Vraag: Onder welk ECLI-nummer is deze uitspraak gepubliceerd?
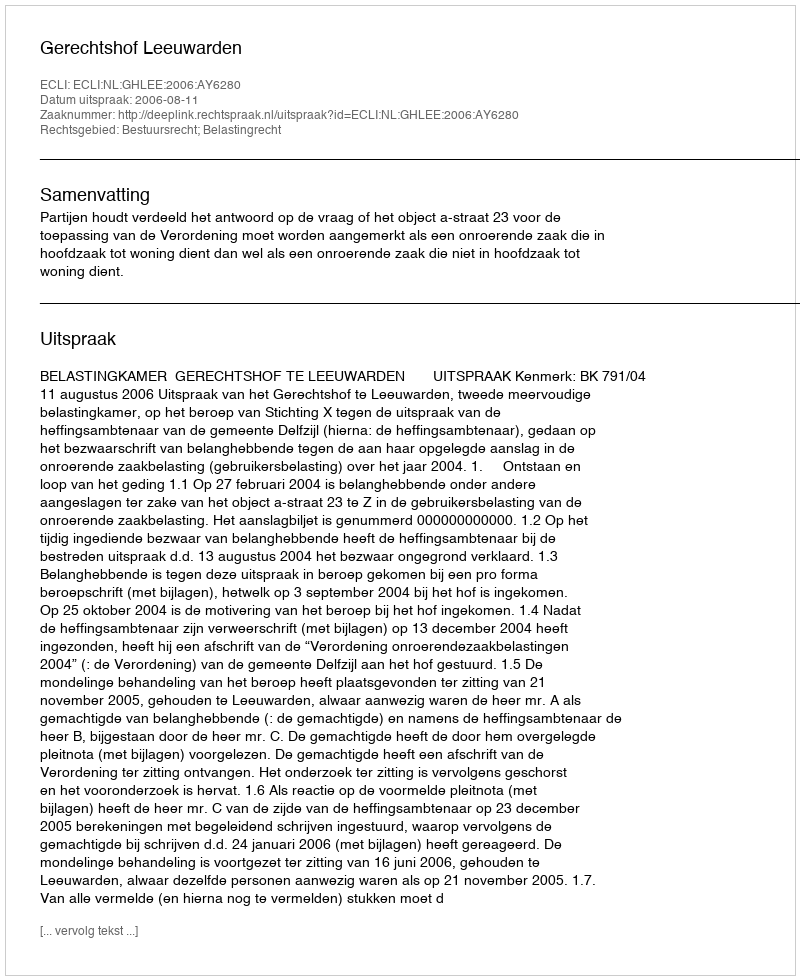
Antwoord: ECLI:NL:GHLEE:2006:AY6280